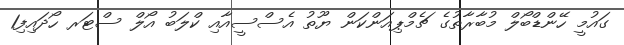
ގައުމީ ހޭންޑްބޯލް މުބާރާތުގެ ޗެމްޕިއަންކަން ޔޫތު އެސްސީއާއި ކްލަބު އޯލް ސްޓަރ ހޯދައިފި1